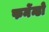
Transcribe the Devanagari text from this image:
फर्नेन्डो